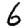
Digit: 6